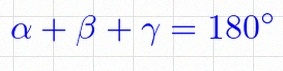
\alpha+\beta+\gamma=180^\circ